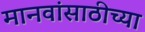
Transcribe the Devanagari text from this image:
मानवांसाठीच्या